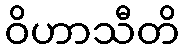
ဝိဟာသီတိ